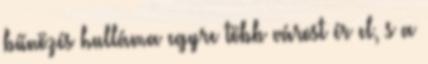
bűnözés hulláma egyre több várost ér el, s a